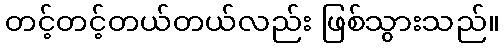
တင့်တင့်တယ်တယ်လည်း ဖြစ်သွားသည်။